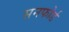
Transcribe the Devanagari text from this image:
सनफोर्ड